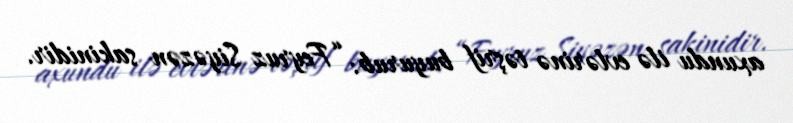
axundu ilə evlərinə təşrif buyurub: “Feyruz Siyəzən sakinidir.